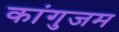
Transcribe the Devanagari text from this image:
कांगुजम